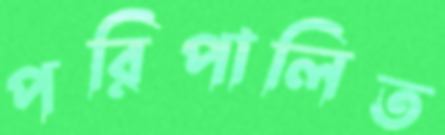
পরিপালিত